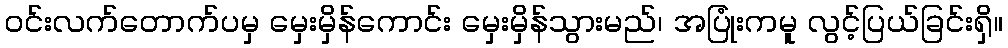
ဝင်းလက်တောက်ပမှ မှေးမှိန်ကောင်း မှေးမှိန်သွားမည်၊ အပြုံးကမူ လွင့်ပြယ်ခြင်းရှိ။